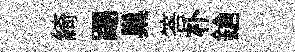
綺踢巢答朴鎗